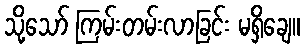
သို့သော် ကြမ်းတမ်းလာခြင်း မရှိချေ။